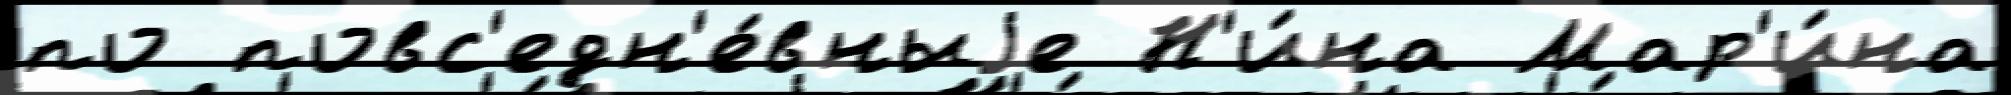
по повс'едн'е́вныjе Н'и́на Мар'и́на